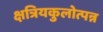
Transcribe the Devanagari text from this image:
क्षत्रियकुलोत्पन्न